Vaccination in Bombay 1863-1868 - 1863-1868
Year: 1863
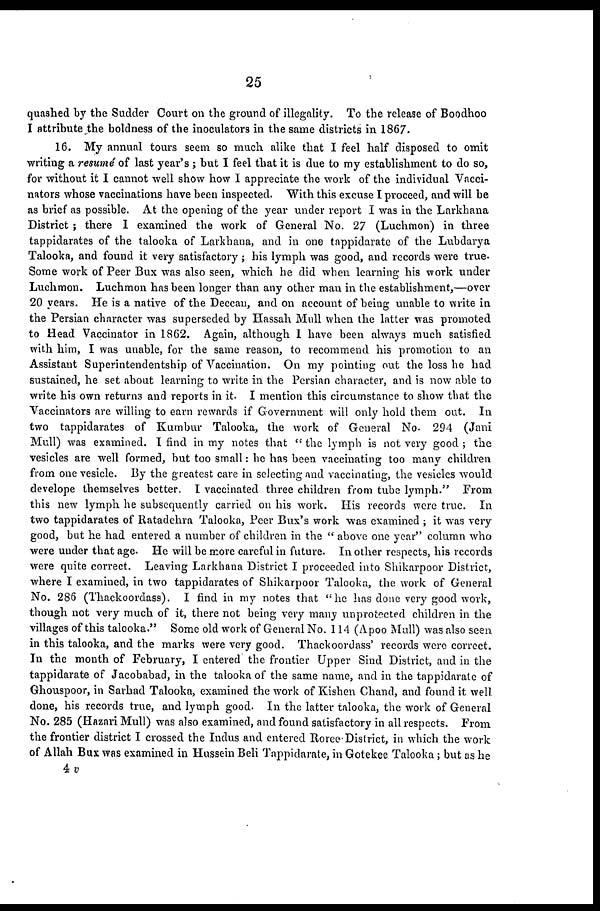
25
quashed by the Sudder Court on the ground of illegality. To the release of Boodhoo
I attribute the boldness of the inoculators in the same districts in 1867.
16. My annual tours seem so much alike that I feel half disposed to omit
writing a resumé of last year's ; but I feel that it is due to my establishment to do so,
for without it I cannot well show how I appreciate the work of the individual Vacci-
nators whose vaccinations have been inspected. With this excuse I proceed, and will be
as brief as possible. At the opening of the year under report I was in the Larkhana
District ; there I examined the work of General No. 27 (Luchmon) in three
tappidarates of the talooka of Larkhana, and in one tappidarate of the Lubdarya
Talooka, and found it very satisfactory; his lymph was good, and records were true.
Some work of Peer Bux was also seen, which he did when learning his work under
Luchmon. Luchmon has been longer than any other man in the establishment,—over
20 years. He is a native of the Deccan, and on account of being unable to write in
the Persian character was superseded by Hassah Mull when the latter was promoted
to Head Vaccinator in 1862. Again, although I have been always much satisfied
with him, I was unable, for the same reason, to recommend his promotion to an
Assistant Superintendentship of Vaccination. On my pointing out the loss he had
sustained, he set about learning to write in the Persian character, and is now able to
write his own returns and reports in it. I mention this circumstance to show that the
Vaccinators are willing to earn rewards if Government will only hold them out. In
two tappidarates of Kumbur Talooka, the work of General No. 294 (Jani
Mull) was examined. I find in my notes that " the lymph is not very good ; the
vesicles are well formed, but too small: he has been vaccinating too many children
from one vesicle. By the greatest care in selecting and vaccinating, the vesicles would
develope themselves better. I vaccinated three children from tube lymph." From
this new lymph he subsequently carried on his work. His records were true. In
two tappidarates of Ratadehra Talooka, Peer Bux's work was examined ; it was very
good, but he had entered a number of children in the " above one year" column who
were under that age. He will be more careful in future. In other respects, his records
were quite correct. Leaving Larkhana District I proceeded into Shikarpoor District,
where I examined, in two tappidarates of Shikarpoor Talooka, the work of General
No. 286 (Thackoordass). I find in my notes that "he has done very good work,
though not very much of it, there not being very many unprotected children in the
villages of this talooka." Some old work of General No. 114 (Apoo Mull) was also seen
in this talooka, and the marks were very good. Thackoordass' records were correct.
In the month of February, I entered the frontier Upper Sind District, and in the
tappidarate of Jacobabad, in the talooka of the same name, and in the tappidarate of
Ghouspoor, in Sarhad Talooka, examined the work of Kishen Chand, and found it well
done, his records true, and lymph good. In the latter talooka, the work of General
No. 285 (Hazari Mull) was also examined, and found satisfactory in all respects. From
the frontier district I crossed the Indus and entered Roree District, in which the work
of Allah Bux was examined in Hussein Beli Tappidarate, in Gotekee Talooka; but as he
4 v